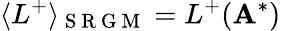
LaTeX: \langle L^{+}\rangle_{\mathrm{~S~R~G~M~}}=L^{+}(\mathbf{A}^{*})